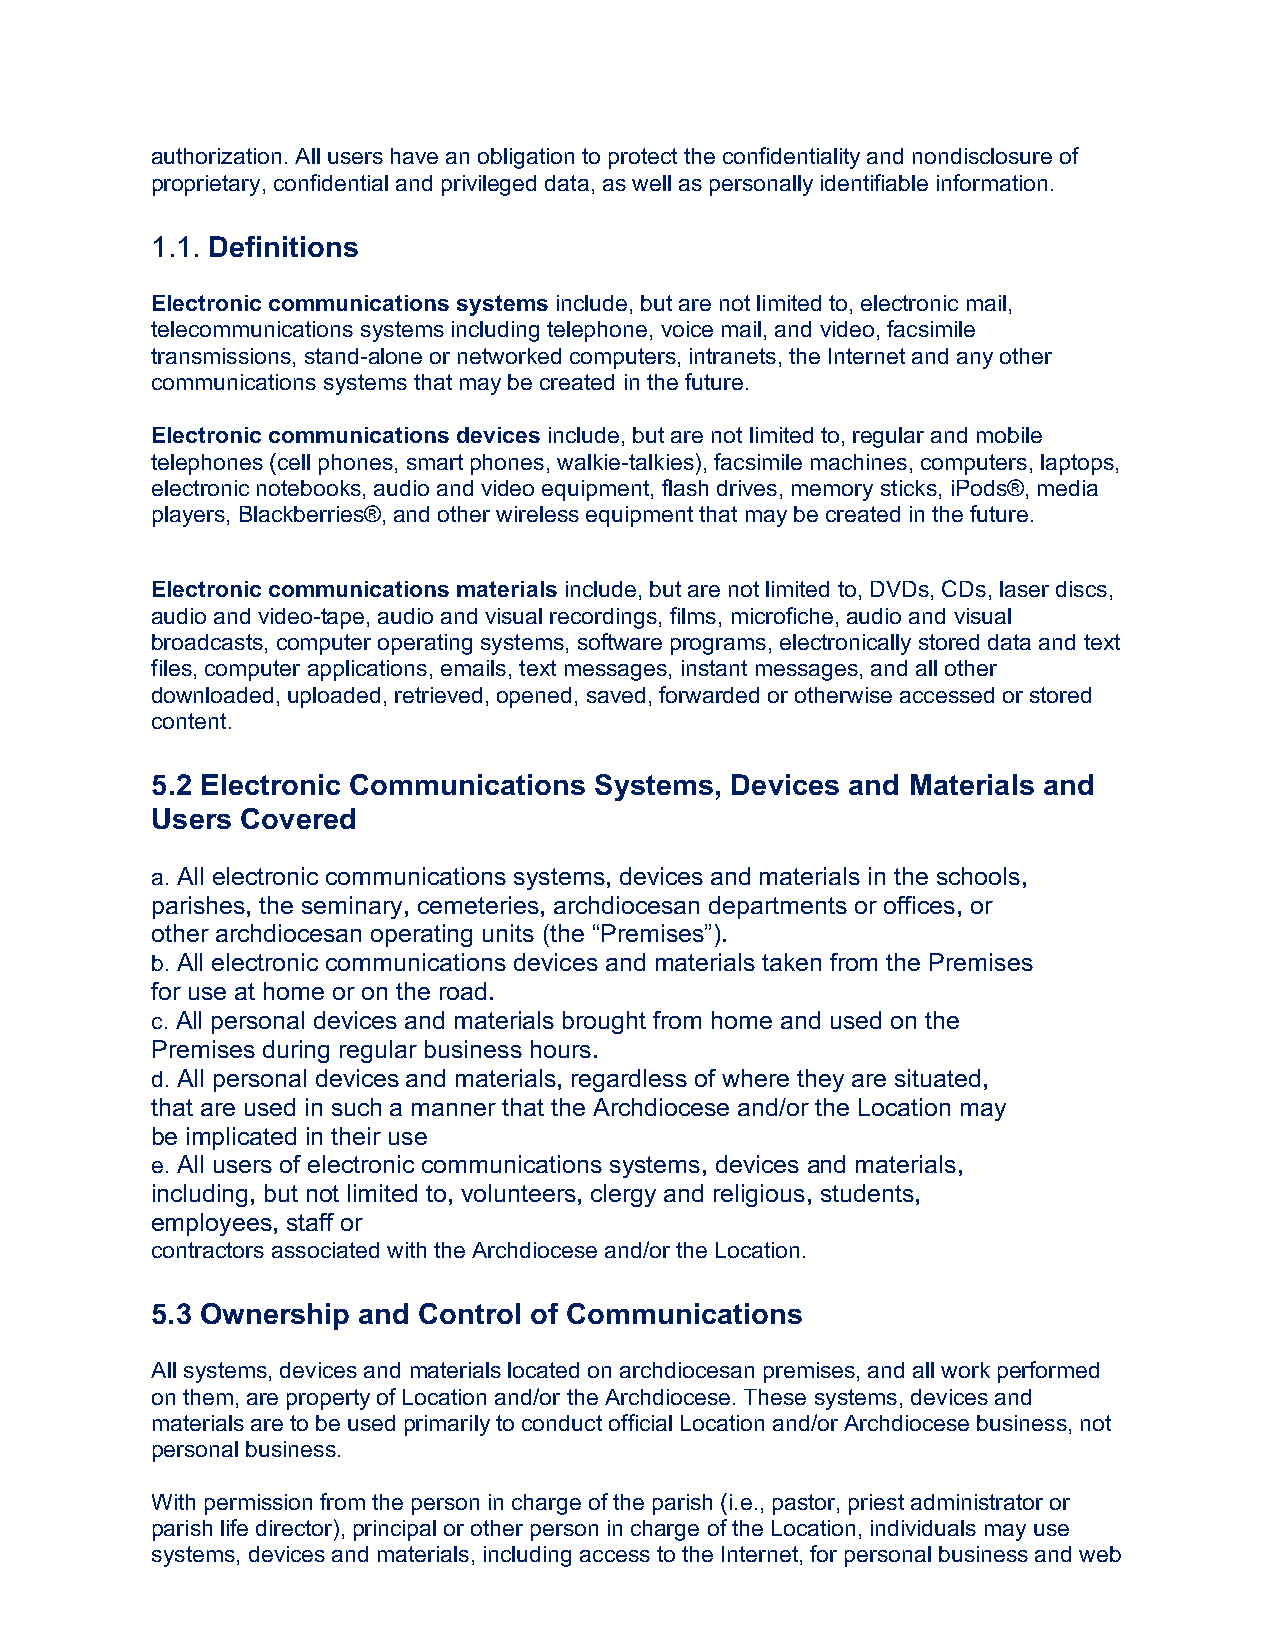
authorization. All users have an obligation to protect the confidentiality and nondisclosure of
 proprietary, confidential and privileged data, as well as personally identifiable information.
 1.1. Definitions
 Electronic communications systems include, but are not limited to, electronic mail,
 telecommunications systems including telephone, voice mail, and video, facsimile
 transmissions, stand-alone or networked computers, intranets, the Internet and any other
 communications systems that may be created in the future.
 Electronic communications devices include, but are not limited to, regular and mobile
 telephones (cell phones, smart phones, walkie-talkies), facsimile machines, computers, laptops,
 electronic notebooks, audio and video equipment, flash drives, memory sticks, iPods®, media
 players, Blackberries®, and other wireless equipment that may be created in the future.
 Electronic communications materials include, but are not limited to, DVDs, CDs, laser discs,
 audio and video-tape, audio and visual recordings, films, microfiche, audio and visual
 broadcasts, computer operating systems, software programs, electronically stored data and text
 files, computer applications, emails, text messages, instant messages, and all other
 downloaded, uploaded, retrieved, opened, saved, forwarded or otherwise accessed or stored
 content.
 5.2 Electronic Communications Systems, Devices and Materials and
 Users Covered
 a. All electronic communications systems, devices and materials in the schools,
 parishes, the seminary, cemeteries, archdiocesan departments or offices, or
 other archdiocesan operating units (the “Premises”).
 b. All electronic communications devices and materials taken from the Premises
 for use at home or on the road.
 c. All personal devices and materials brought from home and used on the
 Premises during regular business hours.
 d. All personal devices and materials, regardless of where they are situated,
 that are used in such a manner that the Archdiocese and/or the Location may
 be implicated in their use
 e. All users of electronic communications systems, devices and materials,
 including, but not limited to, volunteers, clergy and religious, students,
 employees, staff or
 contractors associated with the Archdiocese and/or the Location.
 5.3 Ownership and Control of Communications
 All systems, devices and materials located on archdiocesan premises, and all work performed
 on them, are property of Location and/or the Archdiocese. These systems, devices and
 materials are to be used primarily to conduct official Location and/or Archdiocese business, not
 personal business.
 With permission from the person in charge of the parish (i.e., pastor, priest administrator or
 parish life director), principal or other person in charge of the Location, individuals may use
 systems, devices and materials, including access to the Internet, for personal business and web